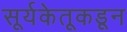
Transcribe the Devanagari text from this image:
सूर्यकेतूकडून